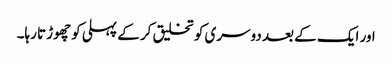
اور ایک کے بعد دوسری کو تخلیق کر کے پہلی کو چھوڑتا رہا۔